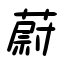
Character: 蔚